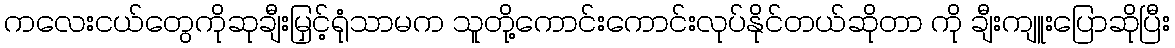
ကလေးငယ်တွေကိုဆုချီးမြှင့်ရုံသာမက သူတို့ကောင်းကောင်းလုပ်နိုင်တယ်ဆိုတာ ကို ချီးကျူးပြောဆိုပြီး